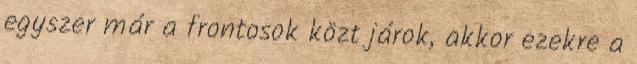
egyszer már a frontosok közt járok, akkor ezekre a